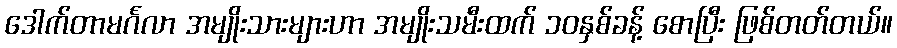
ဒေါက်တာမင်္ဂလာ အမျိုးသားများဟာ အမျိုးသမီးထက် ၁၀နှစ်ခန့် စောပြီး ဖြစ်တတ်တယ်။